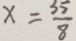
x = \frac { 3 5 } { 8 }